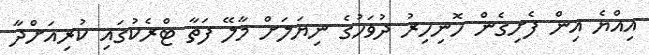
އިއްޔެ އިން ފެށިގެން ހޮނިހިރު ދުވަހުގެ ނިޔަލަށް މާލޭ ފަތާ ޓްރެކުގައި ކުރިއަށްދާ